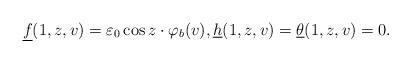
LaTeX: \begin{align*}\underline{f}(1,z,v)=\varepsilon_0\cos z\cdot\varphi_b(v),\underline{h}(1,z,v)=\underline{\theta}(1,z,v)=0.\end{align*}